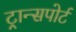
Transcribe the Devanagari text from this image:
ट्रान्‍सपोर्ट